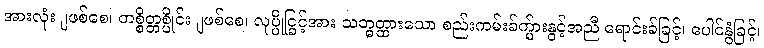
အားလုံးျဖစ်စေ၊ တစ္စိတ္တစ္ပိုင်းျဖစ်စေ၊ လုပ္ပိုင္ခြင့်အား သတ္မွတ္ထားသော စည်းကမ်းခ်က္မ်ားနွင့်အညီ ရောင်းခ်ခြင့်၊ ပေါင်နွံခြင့်၊